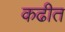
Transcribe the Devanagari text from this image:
कढीत